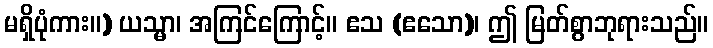
မရှိပုံကား။) ယသ္မာ၊ အကြင်ကြောင့်။ ဧသ (ဧသော)၊ ဤ မြတ်စွာဘုရားသည်။